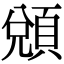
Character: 䫄